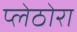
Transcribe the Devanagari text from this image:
प्लेठोरा